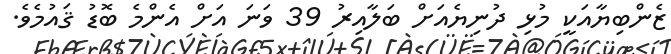
ޒެންބިޔާއަކީ މުޅި ދުނިޔެއަށް ބަލާއިރު 39 ވަނަ އަށް އެންމެ ބޮޑު ޤައުމެވެ.